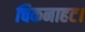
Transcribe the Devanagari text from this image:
चिकनाहट।